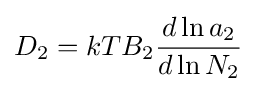
D_{2}=kTB_{2}{\frac {d\ln a_{2}}{d\ln N_{2}}}